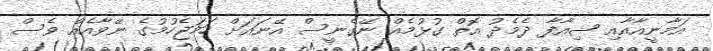
އަމާނީއާއާއި ޝިއާފާ ދެމެދު އޮތް ގުޅުމެއް ނޭގެނީސް އޭނައަށް ހަމަޖެހުމުގެ ނޭވާއެއް ވެސް